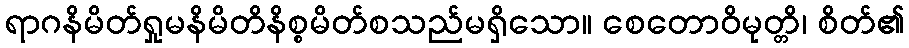
ရာဂနိမိတ်ရှုမနိမိတိနိစ္စမိတ်စသည်မရှိသော။ စေတောဝိမုတ္တိ၊ စိတ်၏